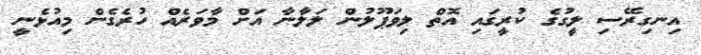
އިނގިރޭސި ލީގުގެ ކުރީގައި އޮތް ލިވަޕޫލުން ލަލާނާ އަށް މާވަރެއް ހުރެގެން މިއުޅެނީ